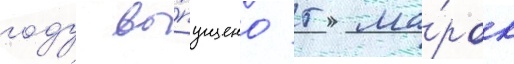
году вы́пущено 5 ма́рок